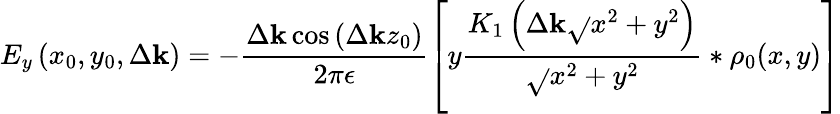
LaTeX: E_{y}\left(x_{0},y_{0},\Delta\mathbf{k}\right)=-\frac{{\Delta\mathbf{k}\cos\left(\Delta\mathbf{k}z_{0}\right)}}{{2\pi\epsilon}}\left[y\frac{{K_{1}\left(\Delta\mathbf{k}\sqrt{}{{x^{2}+y^{2}}}\right)}}{{\sqrt{}{{x^{2}+y^{2}}}}}*\rho_{0}(x,y)\right]